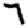
Digit: 7